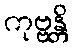
ကုဗ္ဗန္တိ